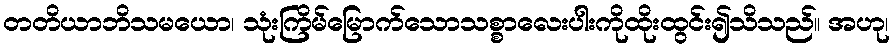
တတိယာဘိသမယော၊ သုံးကြိမ်မြောက်သောသစ္စာလေးပါးကိုထိုးထွင်း၍သိသည်။ အဟု၊